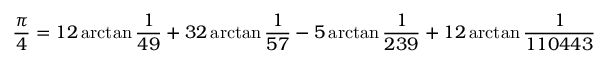
{ \frac { \pi } { 4 } } = 1 2 \arctan { \frac { 1 } { 4 9 } } + 3 2 \arctan { \frac { 1 } { 5 7 } } - 5 \arctan { \frac { 1 } { 2 3 9 } } + 1 2 \arctan { \frac { 1 } { 1 1 0 4 4 3 } }